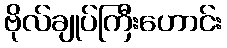
ဗိုလ်ချုပ်ကြီးဟောင်း